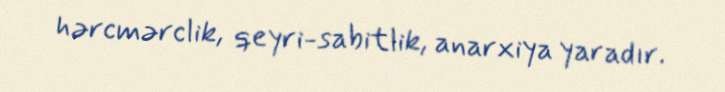
hərcmərclik, qeyri-sabitlik, anarxiya yaradır.